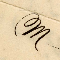
M.